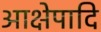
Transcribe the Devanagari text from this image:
आक्षेपादि